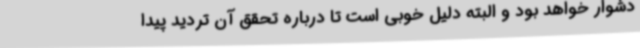
دشوار خواهد بود و البته دلیل خوبی است تا درباره تحقق آن تردید پیدا